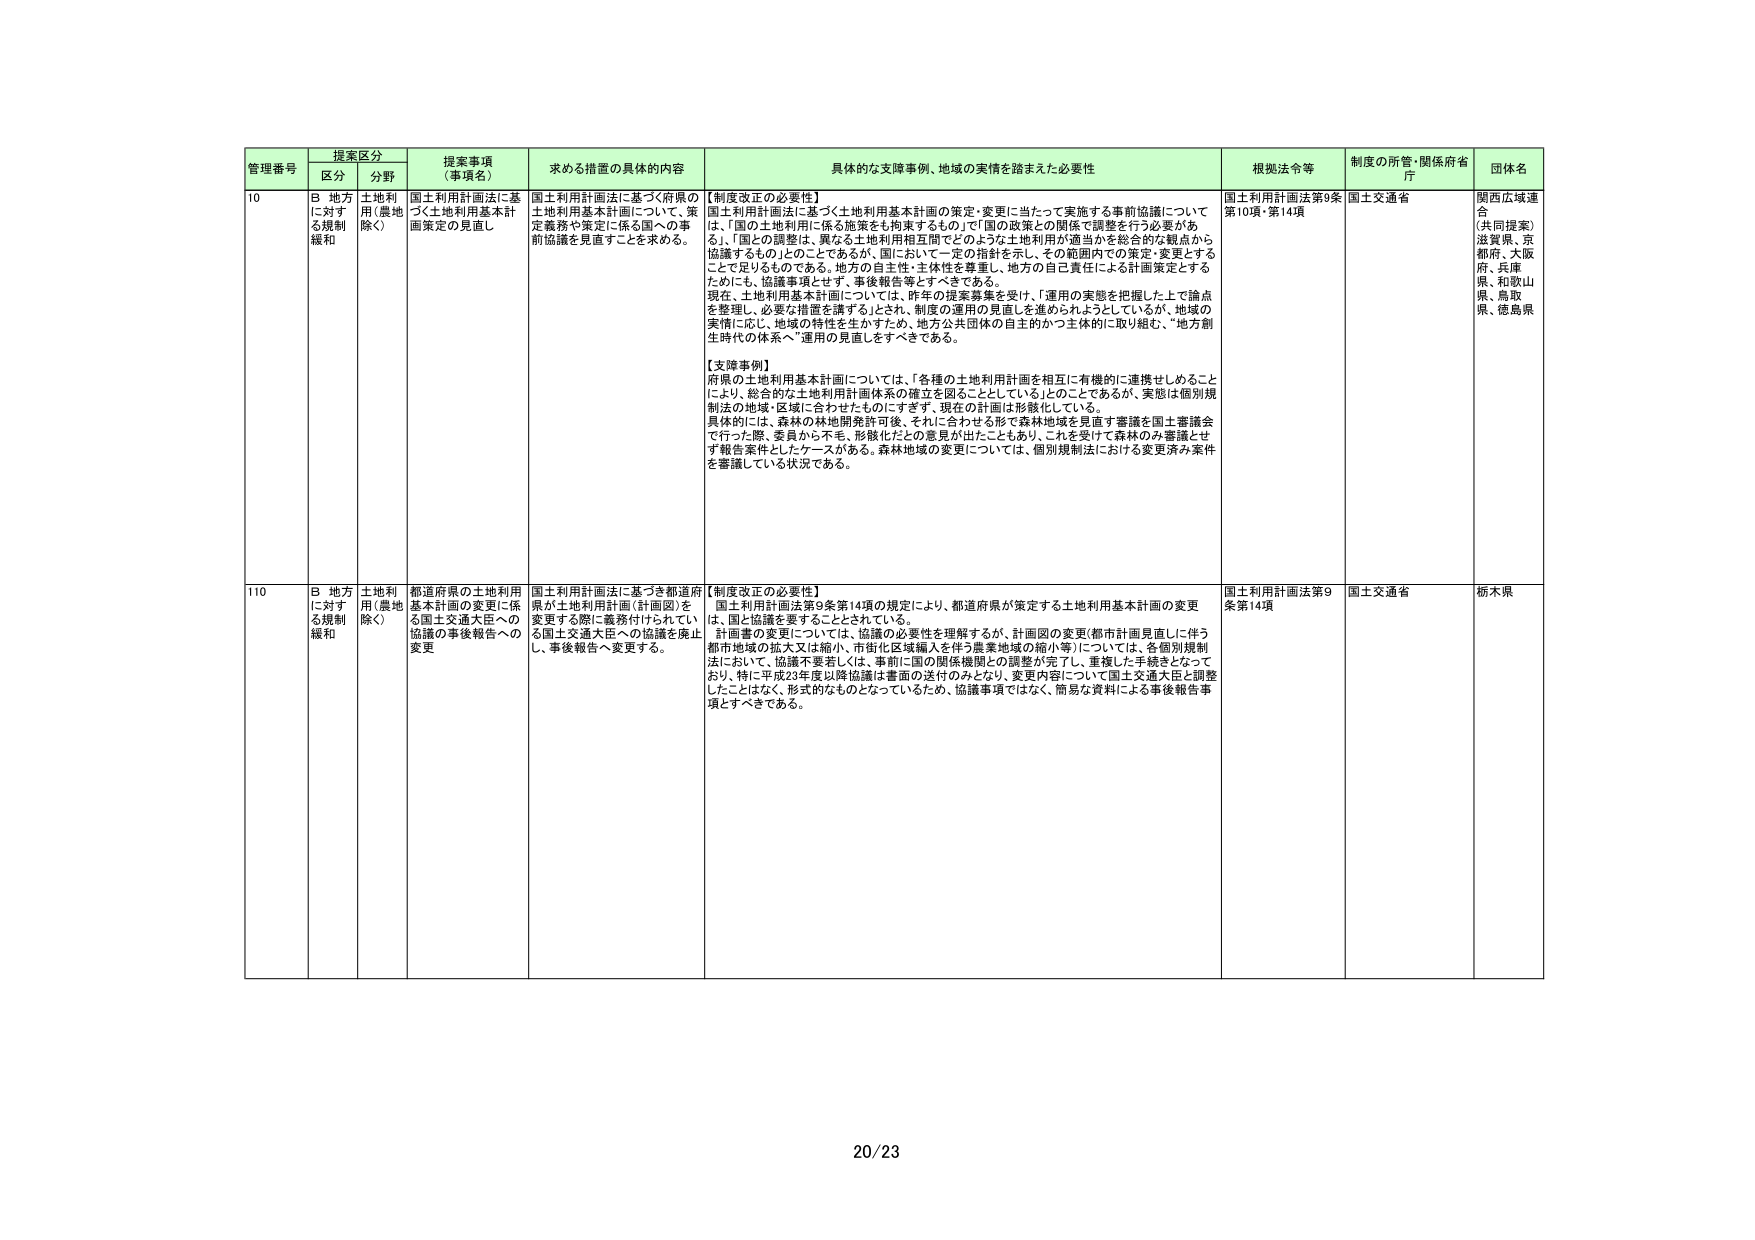
管理番号 提案区分 提案事項（事項名） 求める措置の具体的内容 具体的な支援事例、地域の実情を踏まえた必要性 根拠法令等 制度の所管・関係府省庁 団体名
区分 分野
10 B 地方に対する規制緩和 土地利用（農地除く） 国土利用計画法に基づく土地利用基本計画策定の見直し 国土利用計画法に基づく府県の土地利用基本計画について、策定義務や策定に係る国への事前協議を見直すことを求める。 【制度改正の必要性】 国土利用計画法に基づく土地利用基本計画の策定・変更に当たって実施する事前協議については、「国の土地利用に係る施策をも拘束するもの」で「国の政策との関係で調整を行う必要がある」、「国の調整は、異なる土地利用相互間でどのような土地利用が適当かを総合的な観点から協議するもの」とのことであるが、国において一定の指針を示し、その範囲内での策定・変更とすることでも足りるものである。地方の自主性・主体性を尊重し、地方の自己責任による計画策定とするためにも、協議事項とせず、事後報告等とすべきである。 現在、土地利用基本計画については、昨年の提案募集を受け、「運用の実態を把握した上で論点を整理し、必要な措置を講ずる」とされ、制度の運用の見直しを進められようとしているが、地域の実情に応じ、地域の特性を生かすため、地方公共団体の自主的かつ主体的に取り組む、“地方創生時代の体系へ”運用の見直しをすべきである。 【支援事例】 府県の土地利用基本計画については、「各種の土地利用計画を相互に有機的に連携せしめることにより、総合的な土地利用計画体系の確立を図ることとしている」とのことであるが、実態は個別規制法の地域・区域に合わせたものにすぎず、現在の計画は形骸化している。 具体的には、森林の林地開発許可後、それに合わせる形で森林地域を見直す審議を国土審議会で行った際、委員から不毛、形骸化だとの意見が出たこともあり、これを受けて森林のみ審議とせず報告案件としたケースがある。森林地域の変更については、個別規制法における変更済み案件を審議している状況である。 国土利用計画法第9条第10項・第14項 国土交通省 関西広域連合（共同提案） 滋賀県、京都府、大阪府、兵庫県、和歌山県、鳥取県、徳島県
110 B 地方に対する規制緩和 土地利用（農地除く） 都道府県の土地利用基本計画の変更に係る国土交通大臣への協議の事後報告への変更 国土利用計画法に基づき都道府県が土地利用計画（計画図）を変更する際に義務付けられている国土交通大臣への協議を廃止し、事後報告へ変更する。 【制度改正の必要性】 国土利用計画法第9条第14項の規定により、都道府県が策定する土地利用基本計画の変更は、国と協議を要することとされている。 計画書の変更については、協議の必要性を理解するが、計画図の変更（都市計画見直しに伴う都市地域の拡大又は縮小、市街化区域編入を伴う農業地域の縮小等）については、各個別規制法において、協議不要若しくは、事前に国の関係機関との調整が完了し、重複した手続きとなっており、特に平成23年度以降協議は書面の送付のみとなり、変更内容について国土交通大臣と調整したことはなく、形式的なものとなっているため、協議事項ではなく、簡易な資料による事後報告事項とすべきである。 国土利用計画法第9条第14項 国土交通省 栃木県
20/23